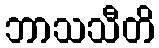
ဘာသသီတိ